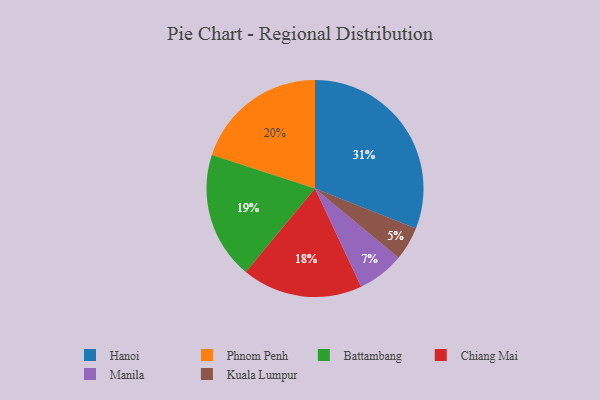
{"axis": {"x": "Category", "y": "Percentage"}, "legend": ["Battambang", "Chiang Mai", "Hanoi", "Kuala Lumpur", "Manila", "Phnom Penh"], "data": [{"x": "Phnom Penh", "y": 20, "type": "Phnom Penh"}, {"x": "Battambang", "y": 19, "type": "Battambang"}, {"x": "Chiang Mai", "y": 18, "type": "Chiang Mai"}, {"x": "Hanoi", "y": 31, "type": "Hanoi"}, {"x": "Kuala Lumpur", "y": 5, "type": "Kuala Lumpur"}, {"x": "Manila", "y": 7, "type": "Manila"}]}